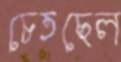
চেতছেল